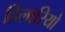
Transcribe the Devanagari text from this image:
हिलारियो